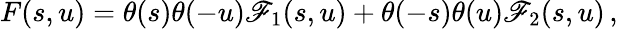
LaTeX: F(s,u)=\theta(s)\theta(-u)\mathscr{F}_{1}(s,u)+\theta(-s)\theta(u)\mathscr{F}_{2}(s,u)\, ,